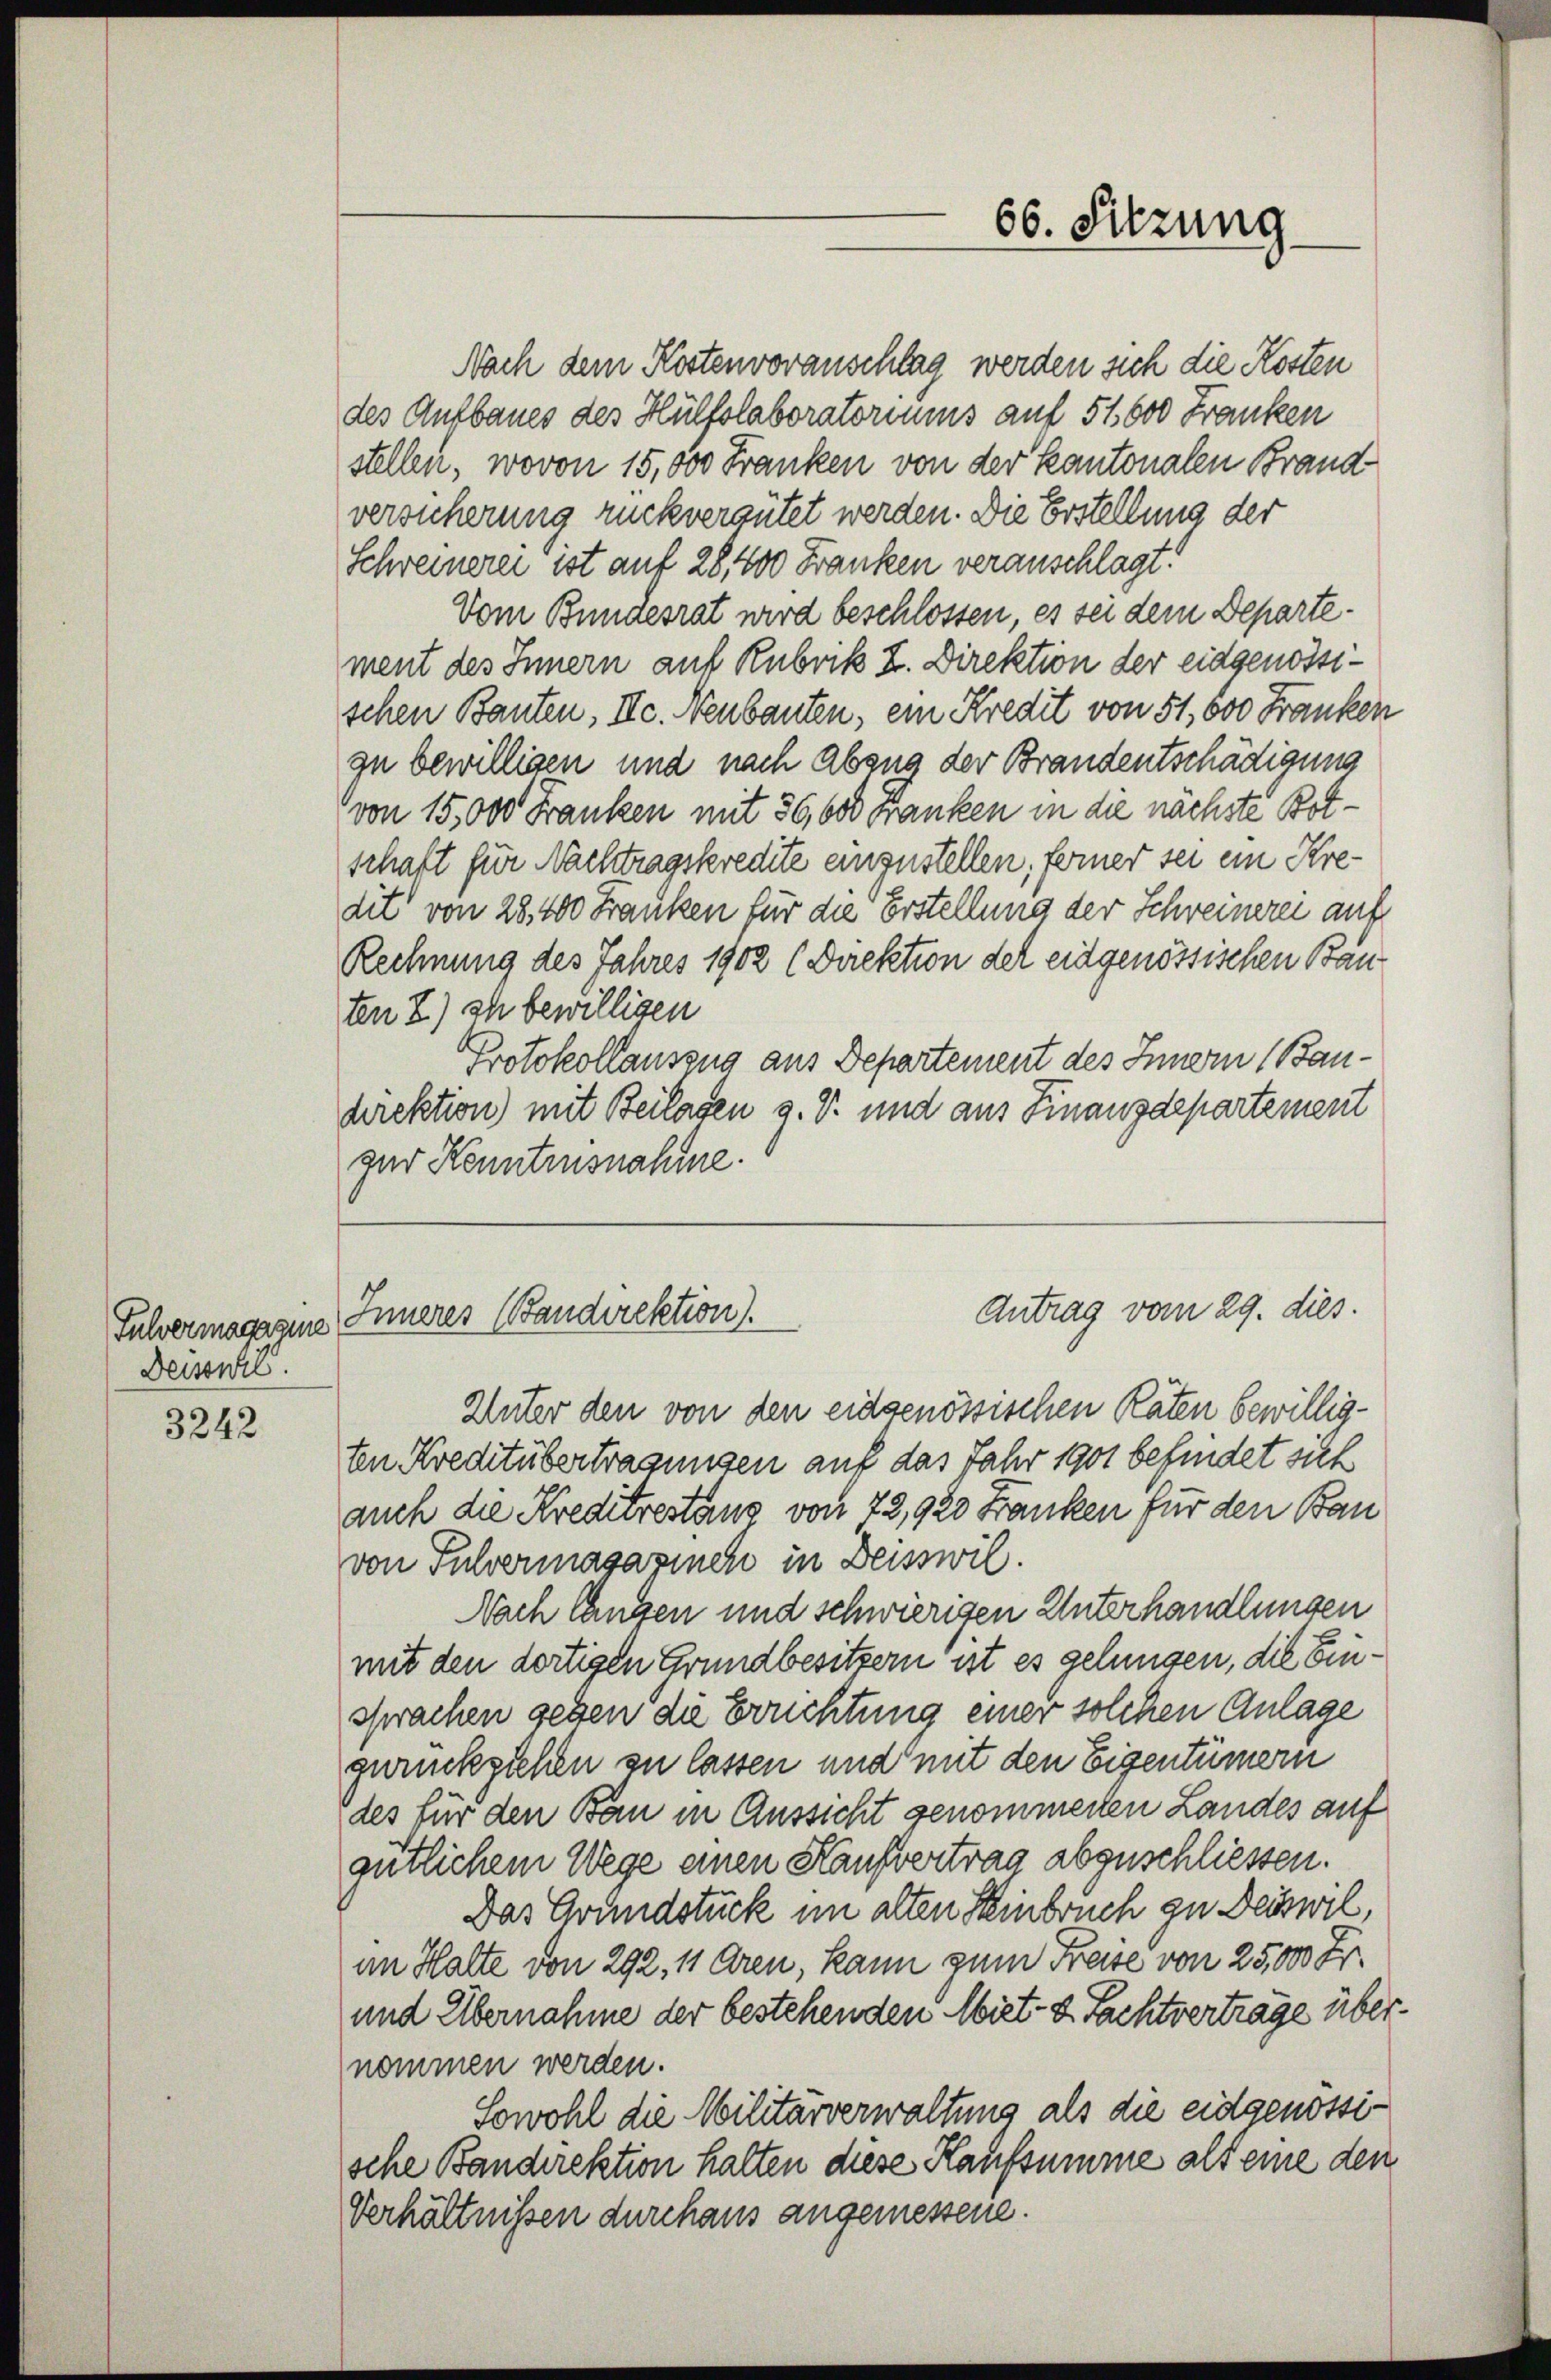
Fulvermagazine
Dessel.

3242

Nach dem Kostenvoranschlag werden sich die Kosten
des Aufbaues des Hülfolaboratoriums auf 51000 Franken
stellen, wovon 15,000 Franken von der Kantonalen Brand-
versicherung rückvergütet werden. Die Erstellung der
Schreinerei ist auf 28,000 Franken veranschlagt!
Vom Bundesrat wird beschlossen, es sei dem Departement des Innern auf Rubrik I. Direktion der eidgenossischen Bauten, IIc. Neubauten, ein Kredit von 51, 000 Franken
zu bewilligen und nach Abang der Brandentschädigung
von 15,000 Franken mit 36, 600 Franken in die nächste Botschaft für Nachtragskredite einzustellen, ferner sei ein Kredit von 28,400 Franken für die Erstellung der Schweinerei auf
Rechnung des Jahres 1902 (Direktion der eidgenössischen Bau
ten 2.) Ich bewilligen
Protokollauszug aus Departement des Innern (Bandirektion) mit Beilagen 9. V. und aus Finanzdepartement
gur Kenntnisnahme.
Antrag vom 29. dies
Inneres Bandirektion).
Unter den von den eidgenössischen Raten bewilligten Kreditübertragungen auf das Jahr 1901 befindet sich
auch die Kreditrestanz von 72,920 Franken für den Ban
von Pulvermagazinen in Deisswil.
Nach langen und schwierigen Unterhandlungen
mit den dortigen Grundbesitzern ist es gelungen, die Einsprachen geben die Bruchtung einer solchen Anlage
zurückziehen zu lassen und mit den Eigentümern
des für den Bau in Aussicht genommenen Landes auf
gütlichem Wege einen Kaufvertrag abzuschliessen.
Das Grundstück im alten Steinbruch zu Deiswil,
am Halte von 292, 11 Aren, kann zum Freise von 25,000 Fr.
und Übernahme der bestehenden Miet- u. Fachtverträge über.
nommen werden.
Sowohl die Militärverwaltung als die eidgenossische Bandirektion halten diese Kaufsumme als eine den
Verhältnissen durchaus angemessene.

66. Sitzung